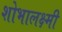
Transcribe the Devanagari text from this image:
शोभालक्ष्मी